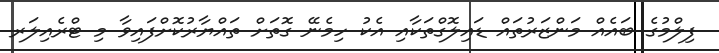
ފިލްމުގެ ބައެއް މަންޒަރުތައް ޑައިލޮގްތަކާއި އެކު ހިމެނޭ ގޮތަށް ތައްޔާރުކޮށްފައިވާ މި ޓްރެއިލަރ